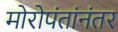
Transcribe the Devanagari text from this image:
मोरोपंतांनंतर